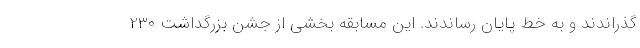
گذراندند و به خط پایان رساندند. این مسابقه بخشی از جشن بزرگداشت 230